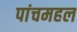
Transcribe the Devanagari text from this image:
पांचमहल